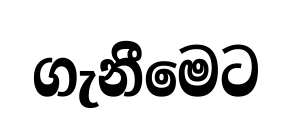
ගැනීමෙට